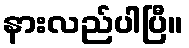
နားလည်ပါပြီ။